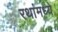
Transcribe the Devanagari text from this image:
रथांमध्ये